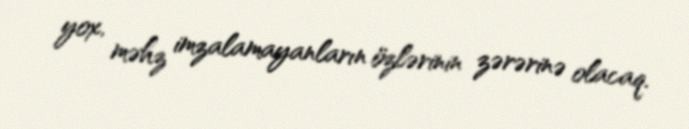
yox, məhz imzalamayanların özlərinin zərərinə olacaq.